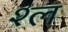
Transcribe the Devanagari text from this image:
श्‍ल